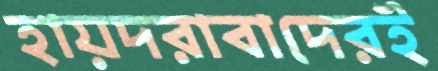
হায়দরাবাদেরই